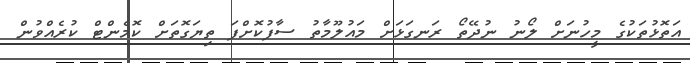
އަތޮޅުތަކުގެ މީހުނަށް ލޯނު ނުދޭތޯ ރަނގަޅަށް މައުލޫމާތު ސާފުކޮށްފަ ތިޔަގޮތަށް ކޮމެންޓް ކުރެއްވުން